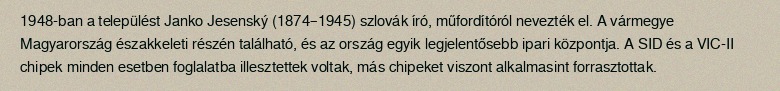
1948-ban a települést Janko Jesenský (1874–1945) szlovák író, műfordítóról nevezték el. A vármegye Magyarország északkeleti részén található, és az ország egyik legjelentősebb ipari központja. A SID és a VIC-II chipek minden esetben foglalatba illesztettek voltak, más chipeket viszont alkalmasint forrasztottak.